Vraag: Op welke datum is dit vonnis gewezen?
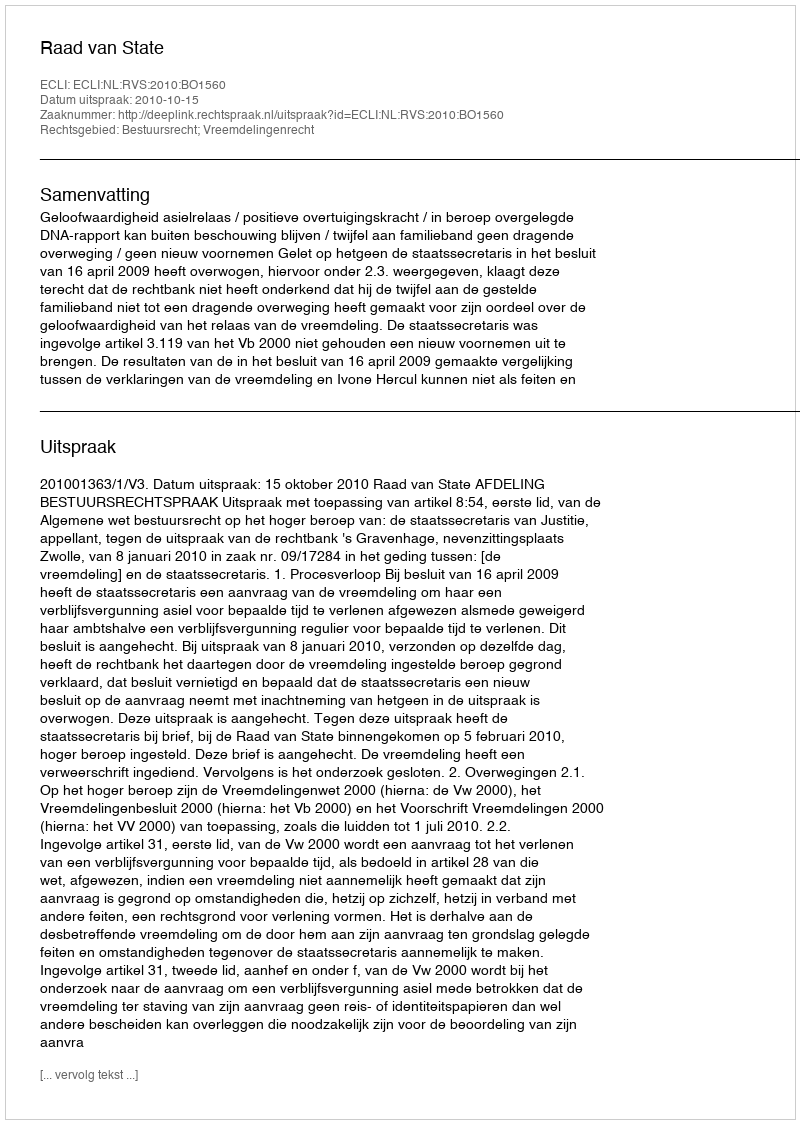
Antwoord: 2010-10-15